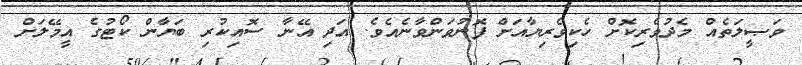
ވަޞީލަތެއް މެދުވެރިކޮށް ހެކިވެރިޔާއަށް ފޮނުވަންވާނެއެވެ. އަދި އޭނާ ސޮއިކުރި ބަޔާން ކޯޓުގެ އީމޭލަށް